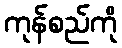
ကုန်စည်ကို